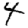
Digit: 4